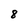
Character: 8